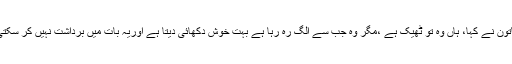
خاتون نے کہا، ہاں وہ تو ٹھیک ہے ،مگر وہ جب سے الگ رہ رہا ہے بہت خوش دکھائی دیتا ہے اوریہ بات میں برداشت نہیں کر سکتی ۔